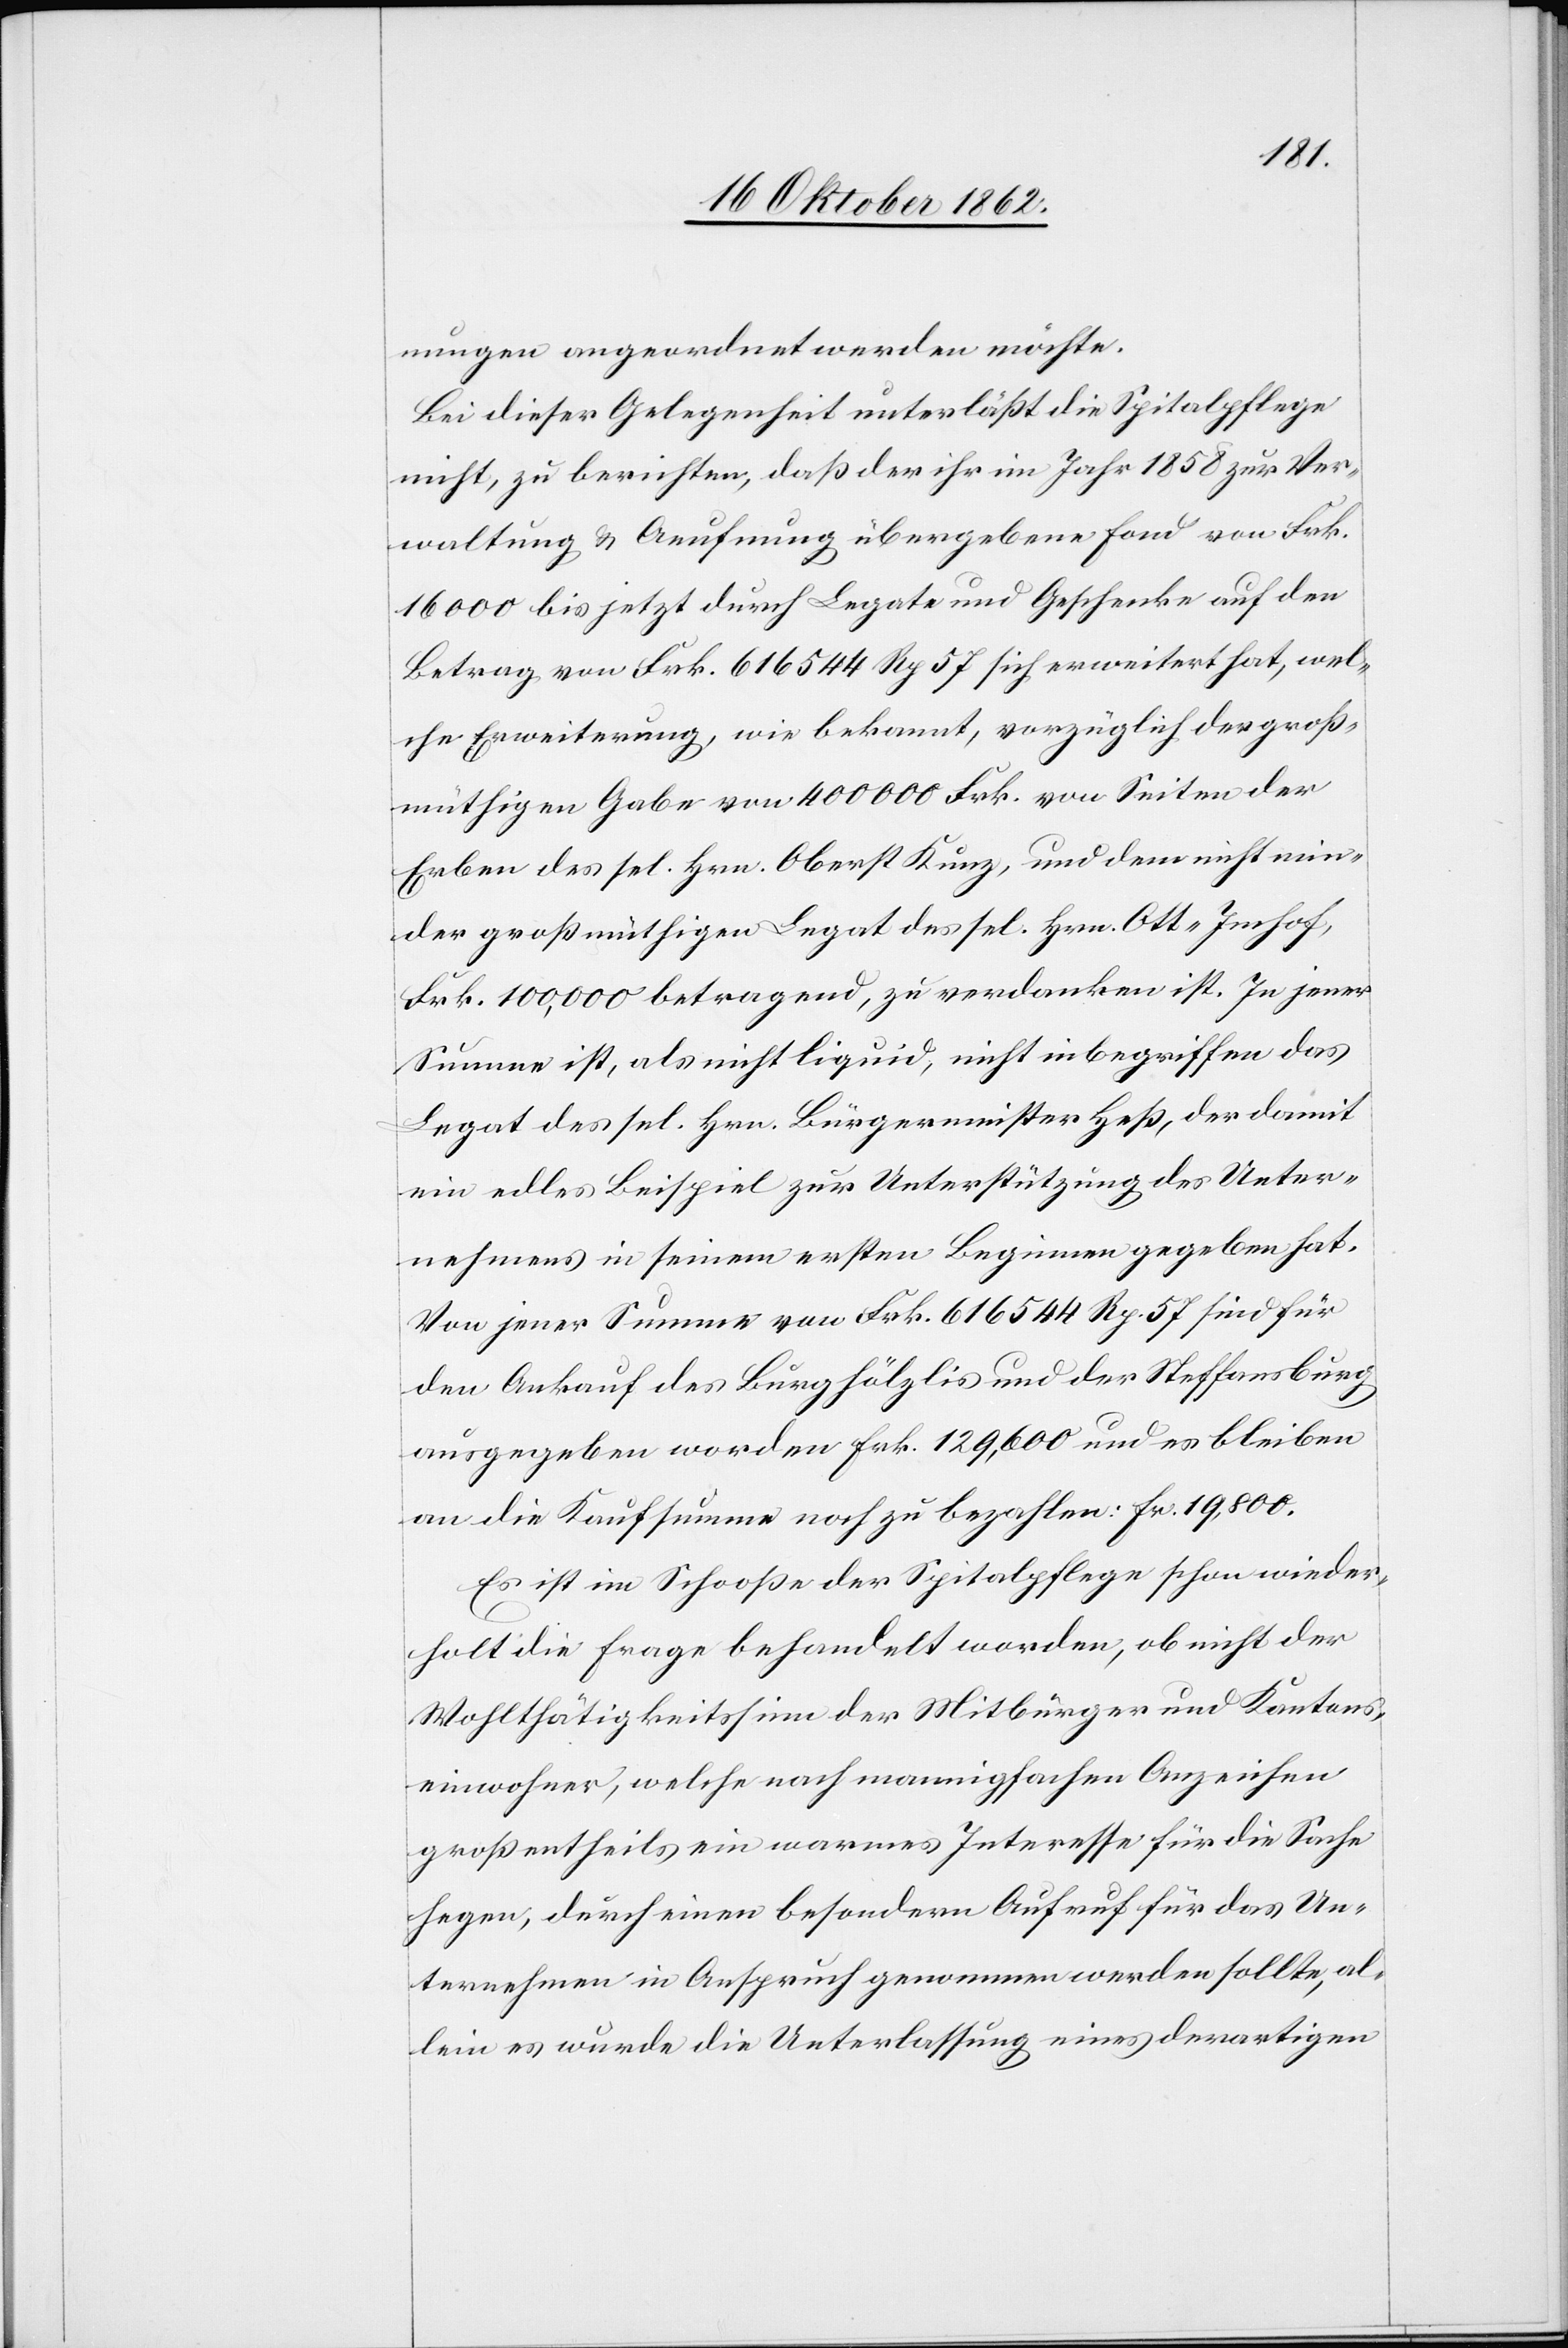
nungen angeordnet werden möchte.
Bei dieser Gelegenheit unterläßt die Spitalpflege
nicht, zu berichten, daß der ihr im Jahr 1858 zur Ver¬
waltung u. Aeufnung übergebene Fond von Frk.
16 000 bis jetzt durch Legate und Geschenke auf den
Betrag von Frk. 616 544 Rp. 57 sich erweitert hat, wel¬
che Erweiterung, wie bekannt, vorzüglich der groß¬
müthigen Gabe von 400 000 Frk. von Seiten der
Erben des sel. Hrn. Oberst Kunz, und dem nicht min¬
der großmüthigen Legat des sel. Hrn. Ott-Imhof,
Frk. 100,000 betragend, zu verdanken ist. In jener
Summe ist, als nicht liquid, nicht inbegriffen das
Legat des sel. Hrn. Bürgermeister Heß, der damit
ein edles Beispiel zur Unterstützung des Unter¬
nehmens in seinem ersten Beginnen gegeben hat.
Von jener Summe von Frk. 616 455 Rp. 57 sind für
den Ankauf des Burghölzlis und der Steffansburg
ausgegeben worden Frk. 139,600 und es bleiben
an die Kaufsumme noch zu bezahlen: Fr. 19,800.
Es ist im Schooße der Spitalpflege schon wieder¬
holt die Frage behandelt worden, ob nicht der
Wohlthätigkeitssinn der Mitbürger und Kantons¬
einwohner, welche nach mannigfachen Anzeichen
großentheils ein warmes Interesse für die Sache
hegen, durch einen besondern Aufruf für das Un¬
ternehmen in Anspruch genommen werden sollte, al¬
lein es wurde die Unterlassung eines derartigen